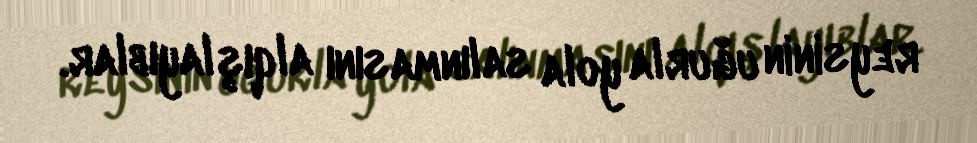
reysinin uğurla yola salınmasını alqışlayıblar.